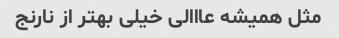
مثل همیشه عااالی خیلی بهتر از نارنج